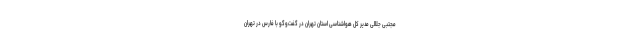
مجتبی جلالی مدیر کل هواشناسی استان تهران در گفت‌وگو با فارس در تهران